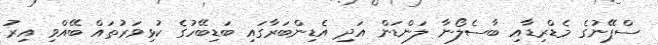
ސްޕޭނުގެ މެޑްރިޑާއި ބާސެލޯނާ ލަންޑަން އަދި އެޑިންބަރާގައި ބަޑިބޭހުގެ ކުޅިވަރުތައް ބޭއްވި އިރު